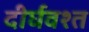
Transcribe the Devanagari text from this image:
दीर्घवश्त